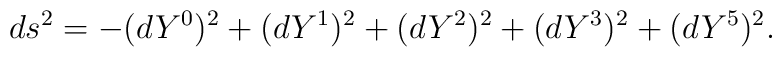
ds^2 = -(dY^0)^2 + (dY^1)^2 + (dY^2)^2 + (dY^3)^2 + (dY^5)^2.